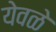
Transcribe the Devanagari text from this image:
येवळे